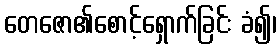
တေဇော၏စောင့်ရှောက်ခြင်း ခံ၍၊